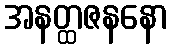
အနတ္ထဇနနော